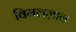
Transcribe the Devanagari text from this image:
विमलज्ञान